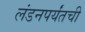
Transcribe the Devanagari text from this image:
लंडनपर्यंतची